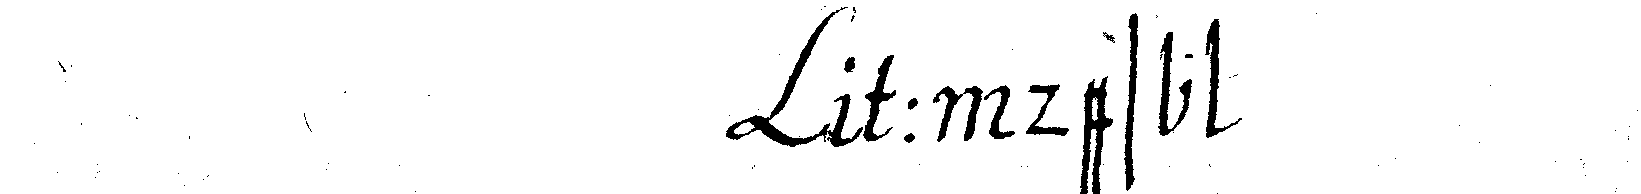
: des